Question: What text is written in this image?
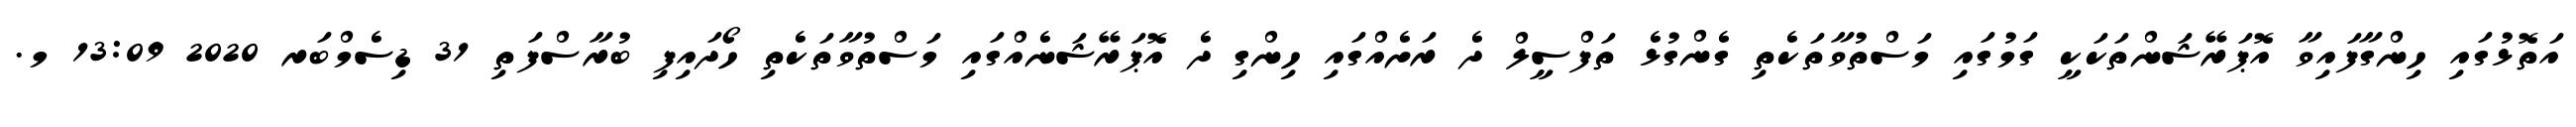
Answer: އަތޮޅުގައި ހިންގާފައިވާ އޮޕަރޭޝަންތަކަކީ ގަމުގައި މަސްތުވާތަކެތި ގެންގުޅެ ތަފްސީލް ދެ ރަށެއްގައި ހިންގި ދެ އޮޕަރޭޝަނެއްގައި މަސްތުވާތަކެތި ހޯދައިފި ބުރާސްފަތި 31 ޑިސެމްބަރ 2020 13:09 މ.